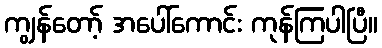
ကျွန်တော့် အပေါ်ကောင်း ကုန်ကြပါပြီ။